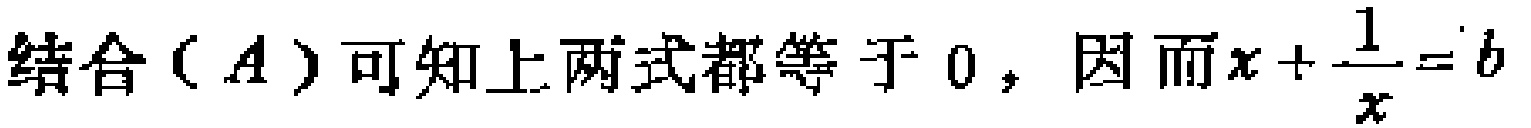
结合（$A$）可知上两式都等于 0，因而$x+\frac{1}{x}=b$